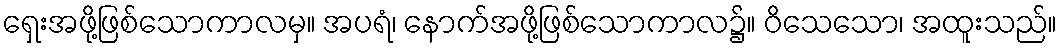
ရှေးအဖို့ဖြစ်သောကာလမှ။ အပရံ၊ နောက်အဖို့ဖြစ်သောကာလ၌။ ဝိသေသော၊ အထူးသည်။